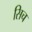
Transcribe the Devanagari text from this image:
सिच